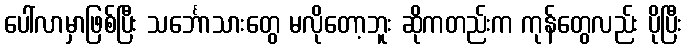
ပေါ်လာမှာဖြစ်ပြီး သင်္ဘောသားတွေ မလိုတော့ဘူး ဆိုကတည်းက ကုန်တွေလည်း ပိုပြီး